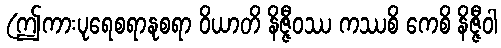
(ဤကားပုရေစရာနုစရာ ဝိယာတိ နိဇ္ဇီဝဿ ကဿစိ ကေစိ နိဇ္ဇီဝါ